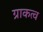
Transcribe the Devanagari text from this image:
ग्राकत्व